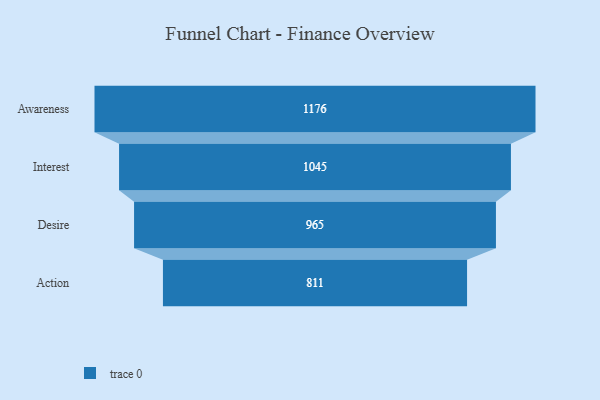
{"axis": {"x": "Stage", "y": "Value"}, "legend": [""], "data": [{"x": "Awareness", "y": 1176.0, "type": ""}, {"x": "Interest", "y": 1045.0, "type": ""}, {"x": "Desire", "y": 965.0, "type": ""}, {"x": "Action", "y": 811.0, "type": ""}]}